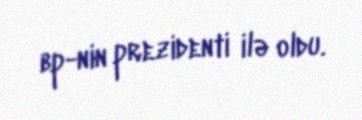
bp-nin prezidenti ilə oldu.